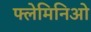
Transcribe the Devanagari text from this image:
फ्लेमिनिओ